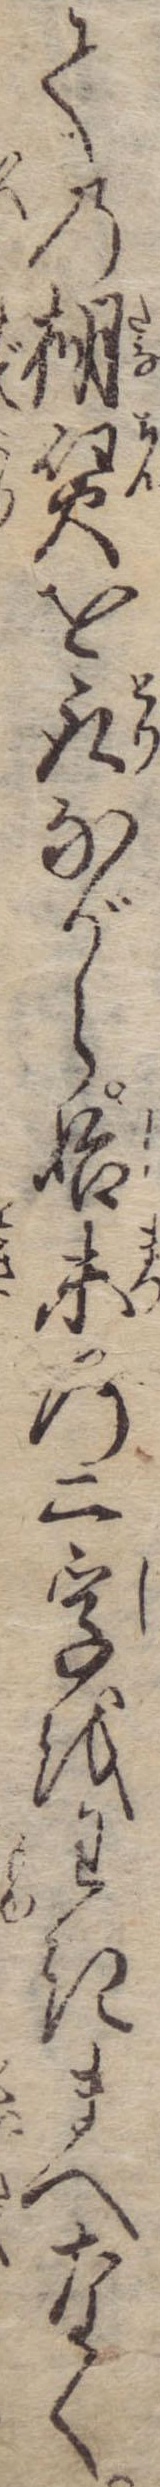
ての棚賃を取ながら始末の二字をわきまへなく